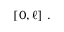
[ 0 , \ell ] ~ .